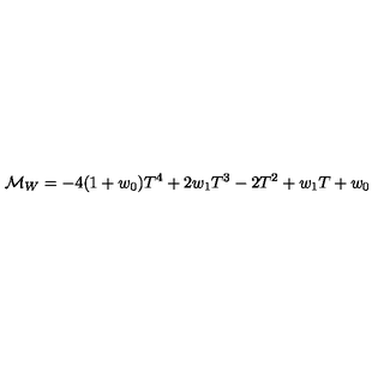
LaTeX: { \cal M } _ { W } = - 4 ( 1 + w _ { 0 } ) T ^ { 4 } + 2 w _ { 1 } T ^ { 3 } - 2 T ^ { 2 } + w _ { 1 } T + w _ { 0 }